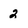
Character: 2